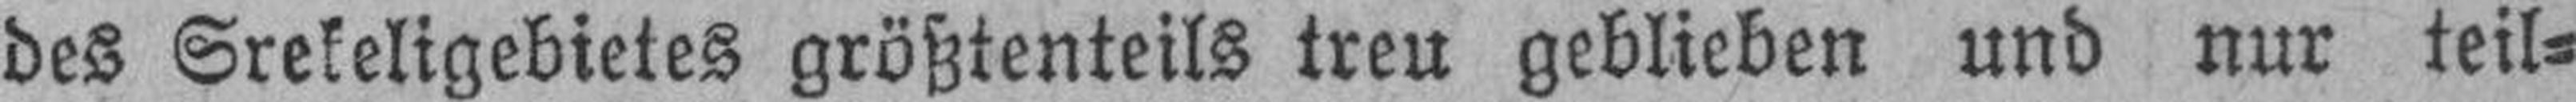
des Srekeligebietes größtenteils treu geblieben und nur teil¬